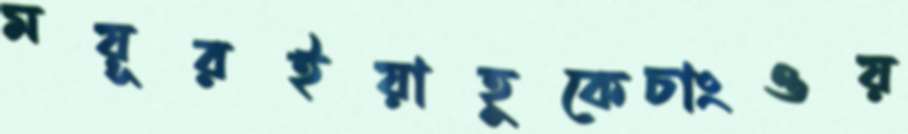
ময়ূরইয়াহুকেচাংওয়